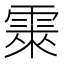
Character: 𮦕